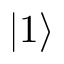
| 1 \rangle